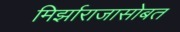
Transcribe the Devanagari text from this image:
मिर्झाराजासोबत